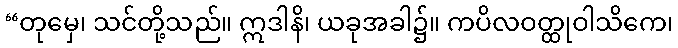
“တုမှေ၊ သင်တို့သည်။ ဣဒါနိ၊ ယခုအခါ၌။ ကပိလဝတ္ထုဝါသိကေ၊